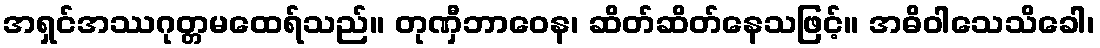
အရှင်အဿဂုတ္တမထေရ်သည်။ တုဏှီဘာဝေန၊ ဆိတ်ဆိတ်နေသဖြင့်။ အဓိဝါသေသိခေါ၊